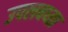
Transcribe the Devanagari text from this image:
उपलबध्ता